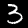
Label: 3